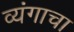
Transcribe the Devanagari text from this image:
व्यंगाचा